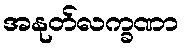
အနုတ်လက္ခဏာ